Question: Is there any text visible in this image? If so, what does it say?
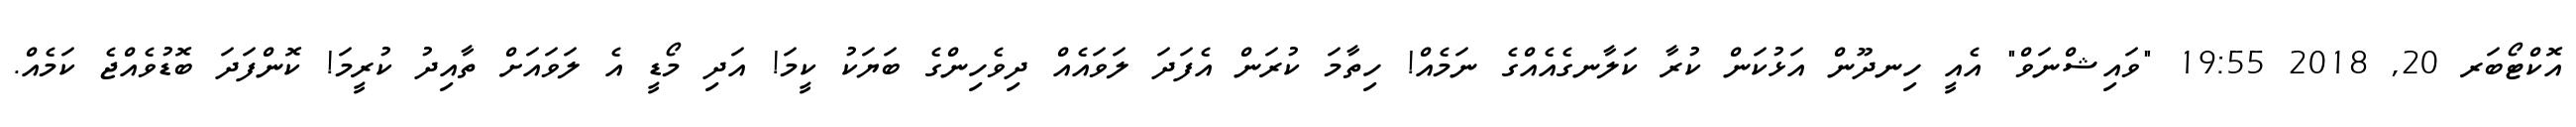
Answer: އޮކްޓޯބަރ 20, 2018 19:55 "ވައިޝްނަވް" އެއީ ހިނދޫން އަޅުކަން ކުރާ ކަލާނގެއެއްގެ ނަމެއް! ހިތާމަ ކުރަން އެފަދަ ލަވައެއް ދިވެހިންގެ ބަޔަކު ކީމަ! އަދި މޯޑީ އެ ލަވައަށް ތާއިދު ކުރީމަ! ކޮންފަދަ ބޮޑުވެއްޖެ ކަމެއް.